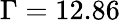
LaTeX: \Gamma=12.86